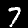
Label: 7